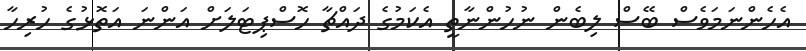
އެހެންނަމަވެސް ބޭސް ލިބެން ނުހުންނާތީ އެކަމުގެ ދައްޗާ ހޮސްޕިޓަލަށް އަންނަ އަތޮޅުގެ ހުރިހާ